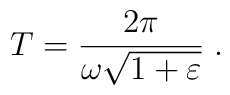
T = \frac{2\pi}{\omega\sqrt{1+\varepsilon}}\;.